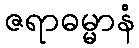
ဇရာဓမ္မာနံ